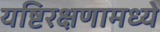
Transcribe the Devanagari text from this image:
यष्टिरक्षणामध्ये